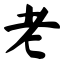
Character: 老